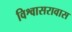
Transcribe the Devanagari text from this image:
विश्वासरावास